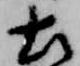
土